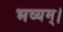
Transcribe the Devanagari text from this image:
भव्यम्।